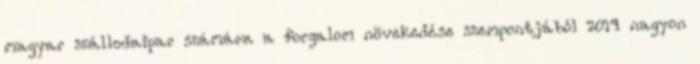
magyar szállodaipar számára a forgalom növekedése szempontjából 2014 nagyon